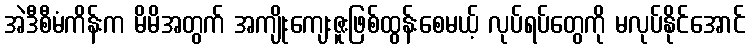
အဲဒီစီမံကိန်းက မိမိအတွက် အကျိုးကျေးဇူးဖြစ်ထွန်းစေမယ့် လုပ်ရပ်တွေကို မလုပ်နိုင်အောင်